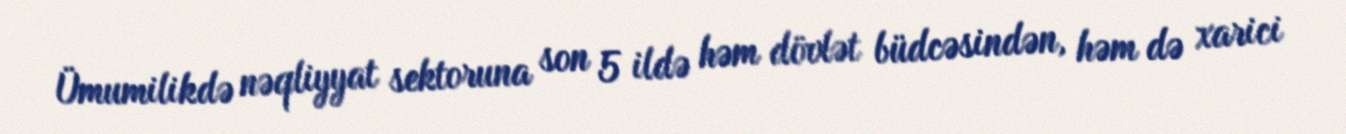
Ümumilikdə nəqliyyat sektoruna son 5 ildə həm dövlət büdcəsindən, həm də xarici